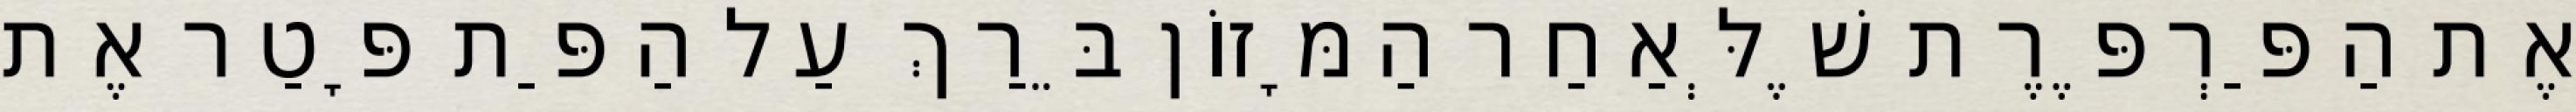
אֶת הַפַּרְפֶּרֶת שֶׁלְּאַחַר הַמָּזוֹן בֵּרַךְ עַל הַפַּת פָּטַר אֶת